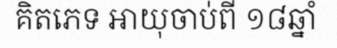
គិតភេទ អាយុចាប់ពី ១៨ឆ្នាំ